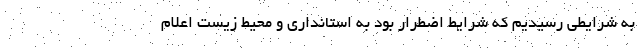
به شرایطی رسیدیم که شرایط اضطرار بود به استانداری و محیط زیست اعلام